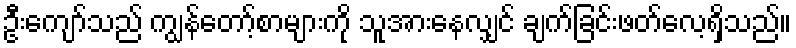
ဦးကျော်သည် ကျွန်တော့်စာများကို သူအားနေလျှင် ချက်ခြင်းဖတ်လေ့ရှိသည်။